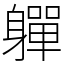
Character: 軃